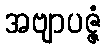
အဗျာပဇ္ဇံ